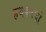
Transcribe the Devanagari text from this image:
हथकरघों